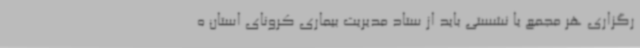
رگزاری هر مجمع یا نشستی باید از ستاد مدیریت بیماری کرونای استان ه